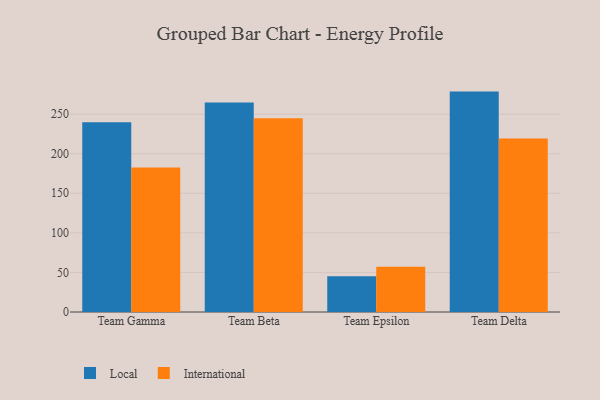
{"axis": {"x": "Team", "y": "Tickets Resolved"}, "legend": ["International", "Local"], "data": [{"x": "Team Gamma", "y": 239.8, "type": "Local"}, {"x": "Team Gamma", "y": 182.7, "type": "International"}, {"x": "Team Beta", "y": 264.8, "type": "Local"}, {"x": "Team Beta", "y": 244.8, "type": "International"}, {"x": "Team Epsilon", "y": 45.1, "type": "Local"}, {"x": "Team Epsilon", "y": 57.2, "type": "International"}, {"x": "Team Delta", "y": 278.5, "type": "Local"}, {"x": "Team Delta", "y": 219.1, "type": "International"}]}